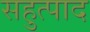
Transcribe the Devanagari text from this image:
सहुत्पाद